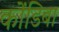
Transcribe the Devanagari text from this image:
कोंडिबा